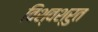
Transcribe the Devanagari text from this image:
विश्वश्रुत